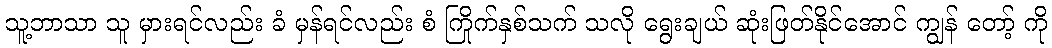
သူ့ဘာသာ သူ မှားရင်လည်း ခံ မှန်ရင်လည်း စံ ကြိုက်နှစ်သက် သလို ရွေးချယ် ဆုံးဖြတ်နိုင်အောင် ကျွန် တော့် ကို